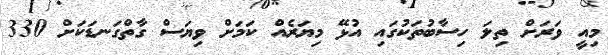
މިއީ ވަރަށް ތިލަ ހިސާބުތަކުގައި އުޅޭ މިޔަރެއް ކަމަށް ވިޔަސް ގާތްގަނޑަކަށް 330